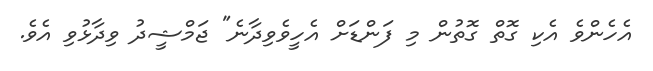
އެހެންވެ އެކި ގޮތް ގޮތުން މި ފަންޑަށް އެހީވެވިދާނެ" ޖަމްޝީދު ވިދާޅުވި އެވެ.